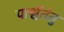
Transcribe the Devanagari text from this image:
पार्श्वतंतु